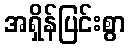
အရှိန်ပြင်းစွာ